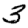
Digit: 3